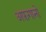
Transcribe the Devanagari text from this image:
अफ़गानो